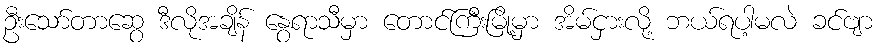
ဦးသော်တာဆွေ ဒီလိုအချိန် နွေရာသီမှာ တောင်ကြီးမြို့မှာ အိမ်ငှားလို့ ဘယ်ရပါ့မလဲ ခင်ဗျာ